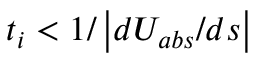
t _ { i } < 1 / \left| d U _ { a b s } / d s \right|